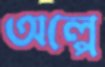
অল্পে